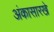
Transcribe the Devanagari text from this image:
अंकासारखे